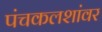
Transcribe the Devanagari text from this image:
पंचकलशांवर